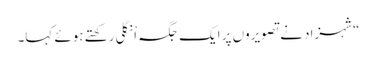
“شہزاد نے تصویروں پر ایک جگہ اْنگلی رکھتے ہوئے کہا۔